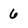
Character: 6